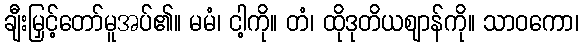
ချီးမြှင့်တော်မူအပ်၏။ မမံ၊ ငါ့ကို။ တံ၊ ထိုဒုတိယဈာန်ကို။ သာဝကော၊